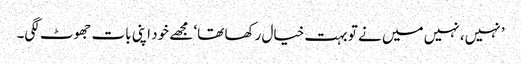
’ نہیں، نہیں میں نے تو بہت خیال رکھا تھا‘ مجھے خود اپنی بات جھوٹ لگی۔